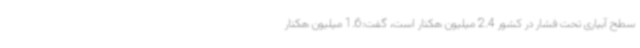
سطح آبیاری تحت فشار در کشور 2.4 میلیون هکتار است، گفت:1.6 میلیون هکتار